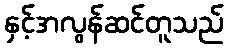
နှင့်အလွန်ဆင်တူသည်